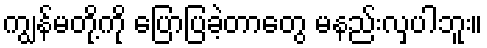
ကျွန်မတို့ကို ပြောပြခဲ့တာတွေ မနည်းလှပါဘူး။